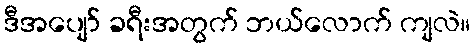
ဒီအပျော် ခရီးအတွက် ဘယ်လောက် ကျလဲ။